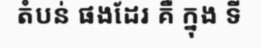
តំបន់ ផងដែរ គឺ ក្នុង ទី